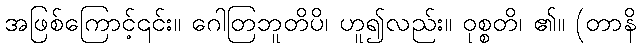
အဖြစ်ကြောင့်၎င်း။ ဂေါတြဘူတိပိ၊ ဟူ၍လည်း။ ဝုစ္စတိ၊ ၏။ (တာနိ